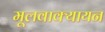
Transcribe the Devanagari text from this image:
मूलवाक्यायन